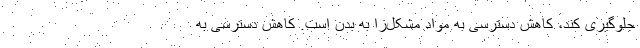
جلوگیری کند، کاهش دسترسی به مواد مشکل‌زا به بدن است. کاهش دسترسی به